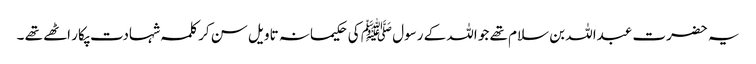
یہ حضرت عبداللہ بن سلام تھے جو اللہ کے رسول ﷺ کی حکیمانہ تاویل سن کر کلمہ شہادت پکار اٹھے تھے ۔